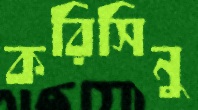
করিসিনু